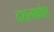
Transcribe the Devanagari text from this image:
दशलक्षांश